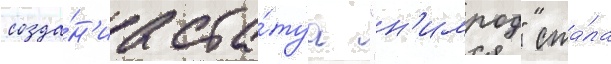
созда́н'иа ста́туа "н'имрод" ста́ла